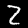
Digit: 2